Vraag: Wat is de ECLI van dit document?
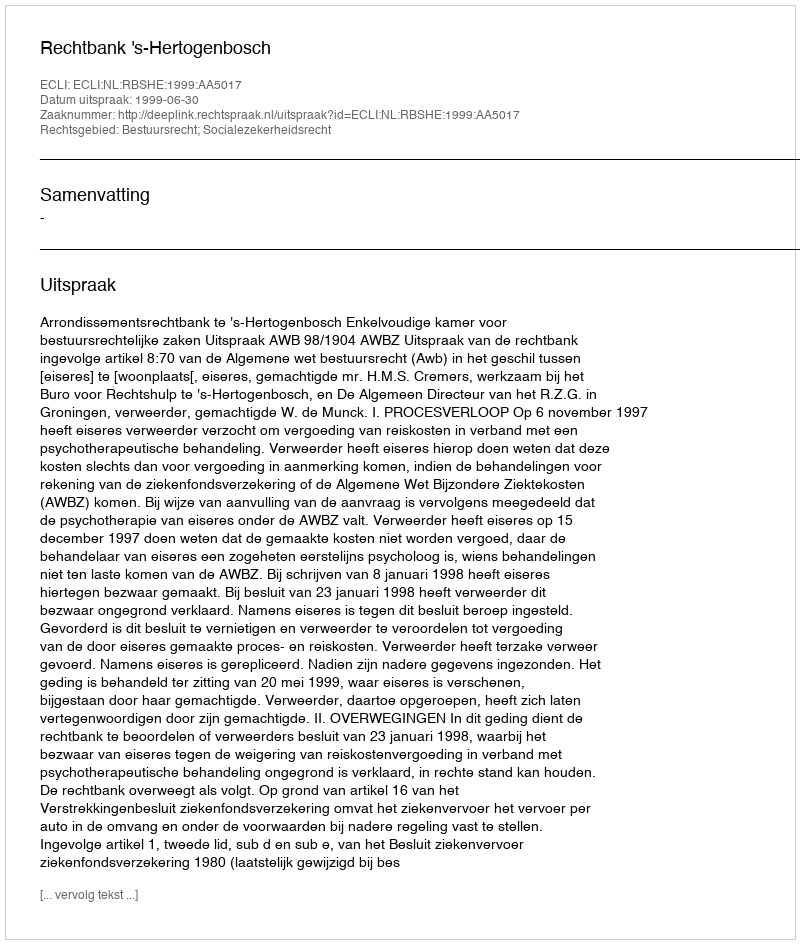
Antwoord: ECLI:NL:RBSHE:1999:AA5017